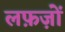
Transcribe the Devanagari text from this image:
लफ़ज़ों